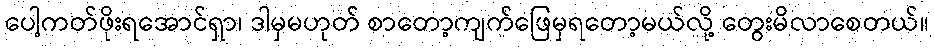
ပေါ့ကတ်ဖိုးရအောင်ရှာ၊ ဒါမှမဟုတ် စာတော့ကျက်ဖြေမှရတော့မယ်လို့ တွေးမိလာစေတယ်။